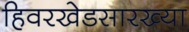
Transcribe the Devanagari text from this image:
हिवरखेडसारख्या